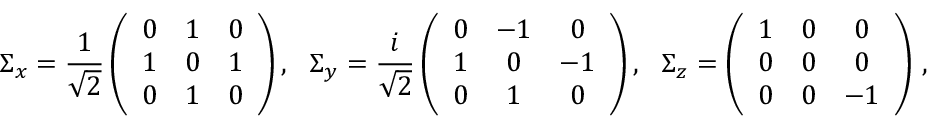
\Sigma _ { x } = \frac { 1 } { \sqrt { 2 } } \left( \begin{array} { c c c } { 0 } & { 1 } & { 0 } \\ { 1 } & { 0 } & { 1 } \\ { 0 } & { 1 } & { 0 } \end{array} \right) , \ \ \Sigma _ { y } = \frac { i } { \sqrt { 2 } } \left( \begin{array} { c c c } { 0 } & { - 1 } & { 0 } \\ { 1 } & { 0 } & { - 1 } \\ { 0 } & { 1 } & { 0 } \end{array} \right) , \ \ \Sigma _ { z } = \left( \begin{array} { c c c } { 1 } & { 0 } & { 0 } \\ { 0 } & { 0 } & { 0 } \\ { 0 } & { 0 } & { - 1 } \end{array} \right) \, ,